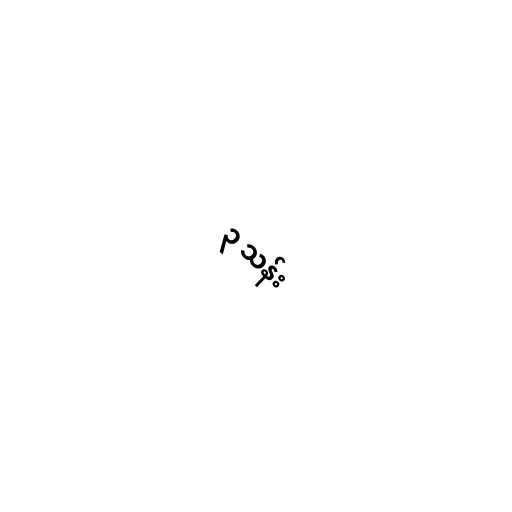
၃ သန်း